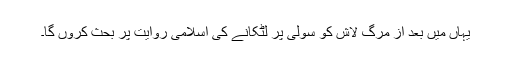
یہاں مَیں بعد از مرگ لاش کو سولی پر لٹکانے کی اسلامی روایت پر بحث کروں گا۔